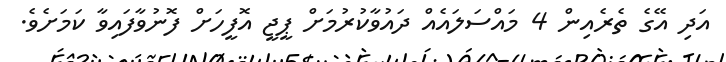
އަދި އޭގެ ތެރެއިން 4 މައްސަލައެއް ދައުވާކުރުމަށް ޕީޖީ އޮފީހަށް ފޮނުވާފައިވާ ކަމަށެވެ.